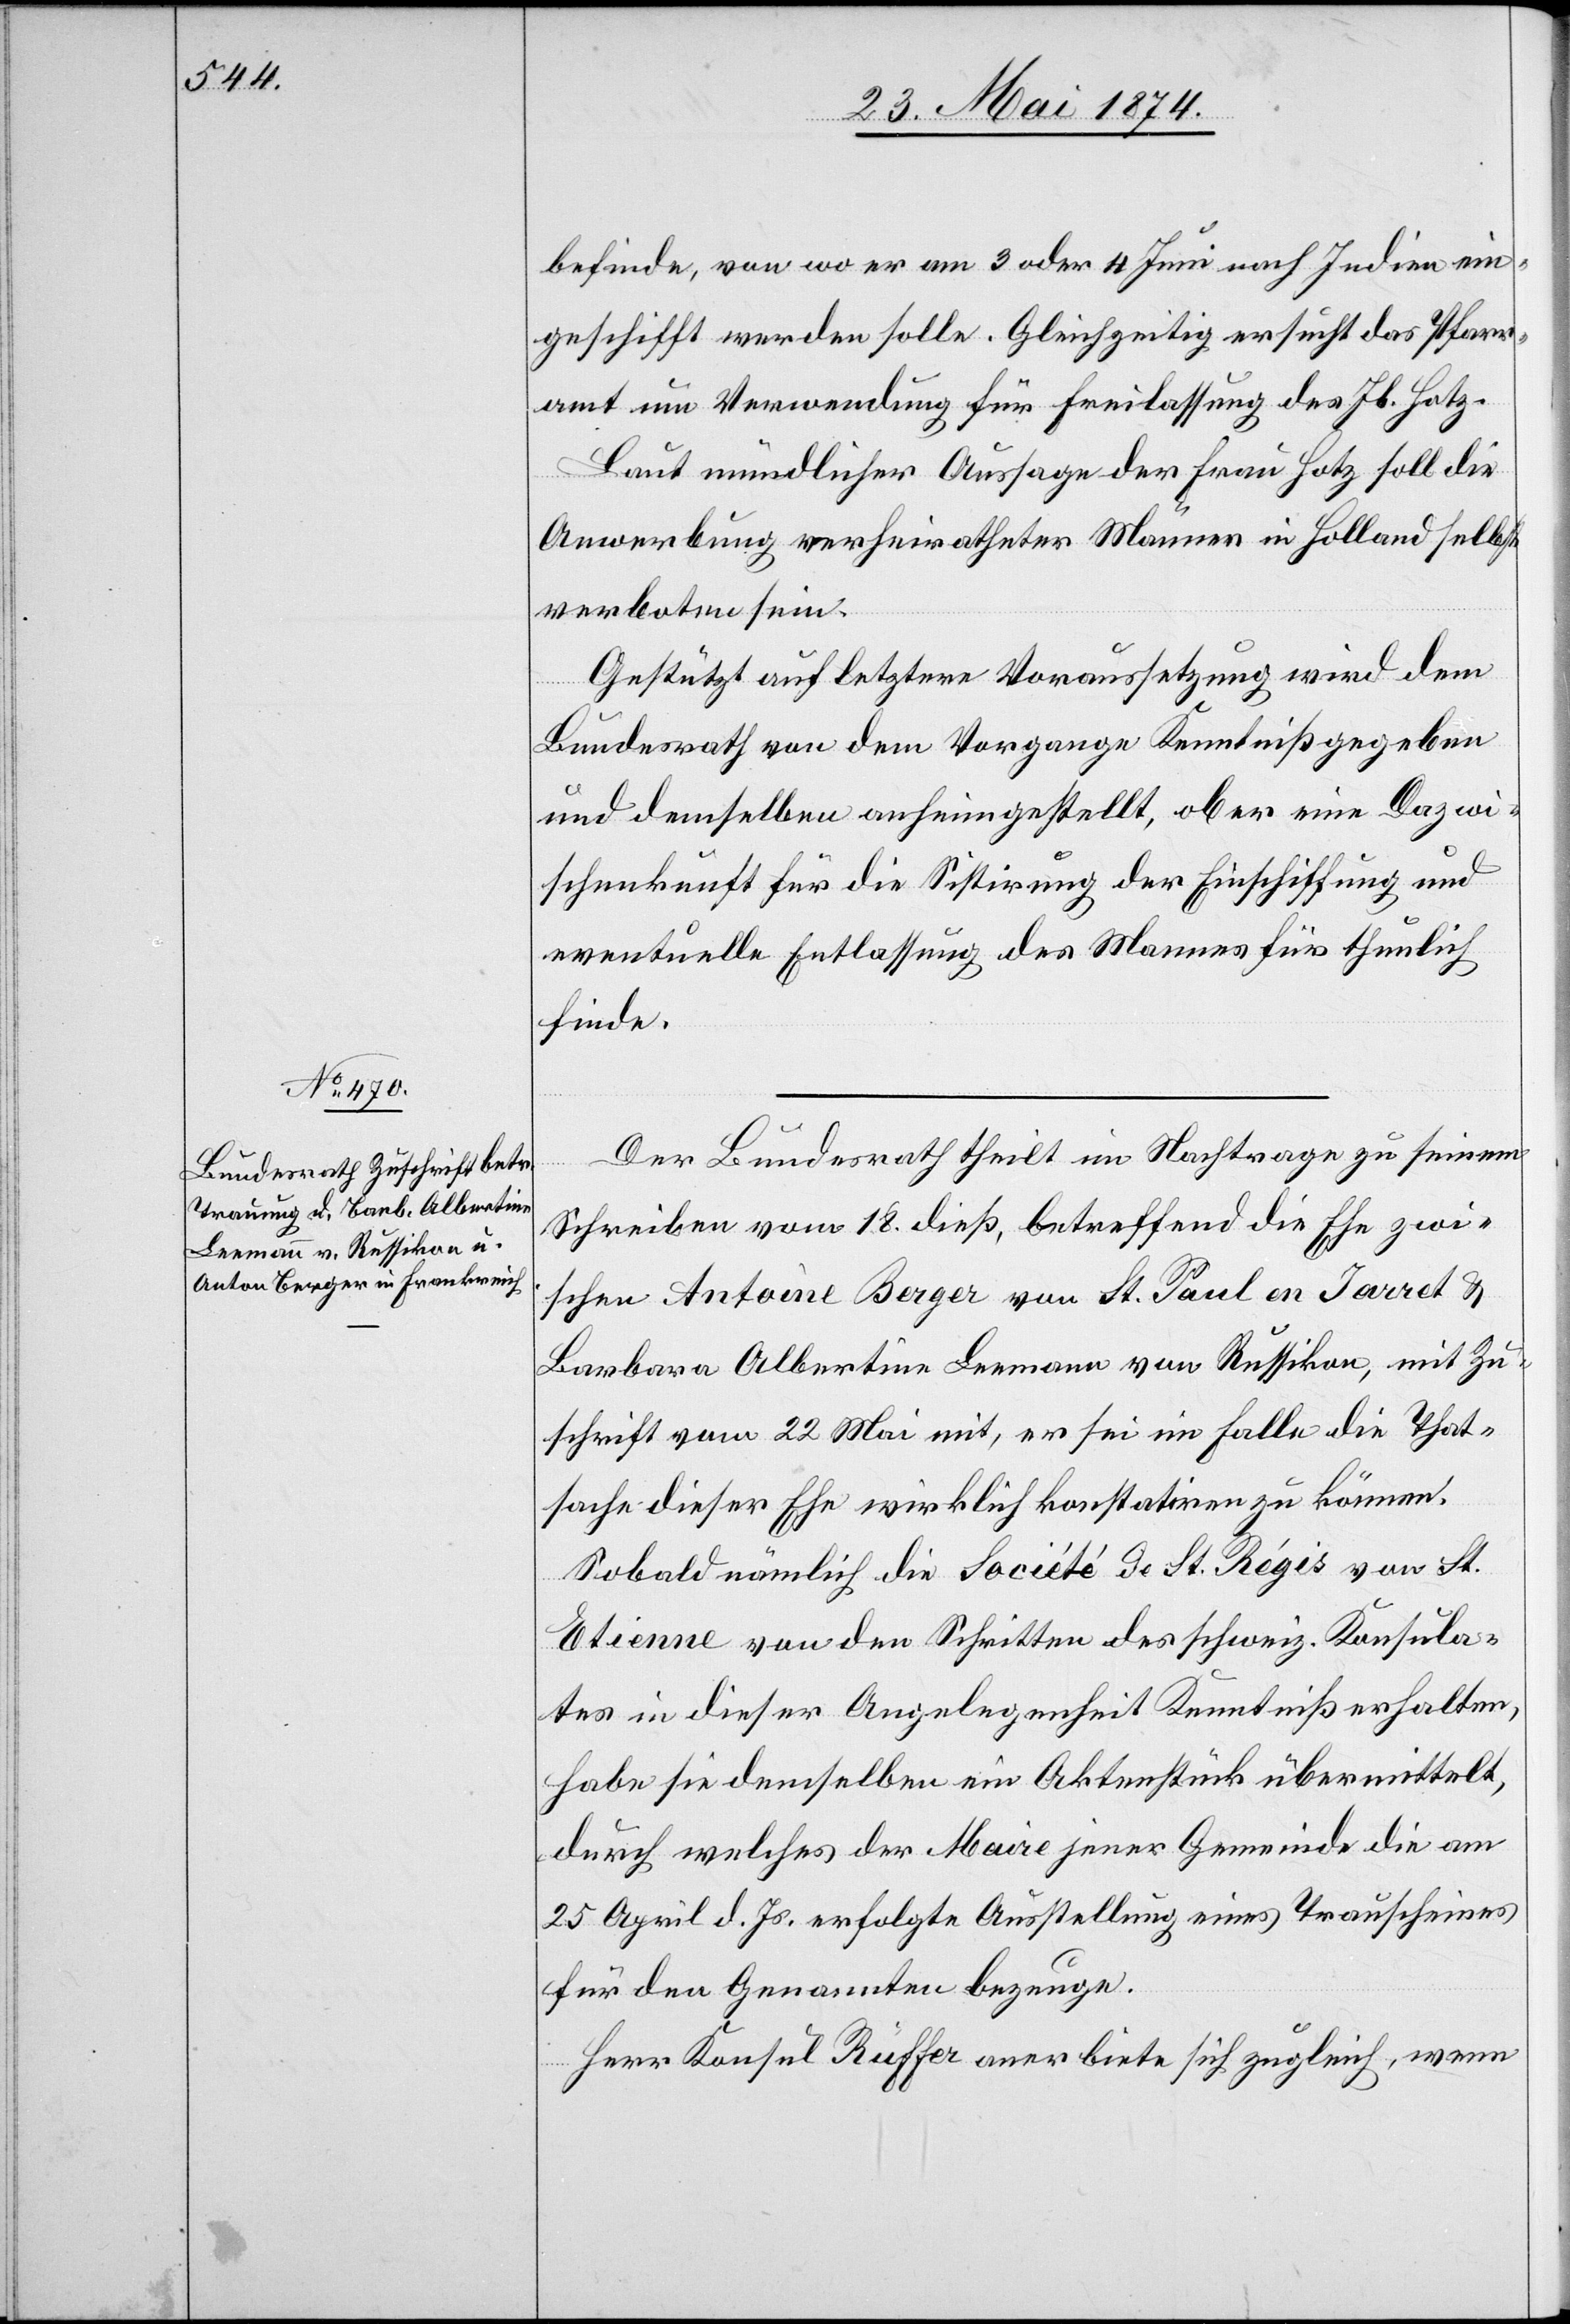
26. Mai 1874.]
befinde, von wo er am 3 oder 4 Juni nach Indien ein¬
geschifft werden solle. Gleichzeitig ersucht das Pfarr¬
amt um Verwendung für Freilassung des Jb. Hotz.
Laut mündlicher Aussage der Frau Hotz soll die
Anwerbung verheiratheter Männer in Holland selbst
verboten sein.
Gestützt auf letztere Voraussetzung wird dem
Bundesrath von dem Vorgange Kenntniß gegeben
und demselben anheimgestellt, ob er eine Dazwi¬
schenkunft für die Sistirung der Einschiffung und
eventuelle Entlassung des Mannes für thunlich
finde.
Der Bundesrath theilt im Nachtrage zu seinem
Schreiben vom 18. dieß, betreffend die Ehe zwi¬
schen Antoine [sic!] Berger von St. Paul en Jarret u.
Barbara Albertina Leemann von Russikon, mit Zu¬
schrift vom 22. Mai mit, er sei im Falle die That¬
sache dieser Ehe wirklich konstatieren zu können.
Sobald nämlich die Société d. St. Régis von
Etienne von den Schritten des schweiz. Konsula¬
tes in dieser Angelegenheit Kenntniß erhalten,
habe sie demselben ein Aktenstück übermittelt,
durch welches der Maire jener Gemeinde die am
25. April d. Js. erfolgte Ausstellung eines Trauscheines
für den Genannten bezeuge.
Herr Konsul Ruffer anerbiete sich zugleich, wenn